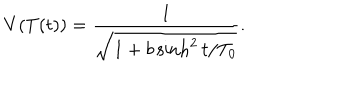
LaTeX: V ( T ( t ) ) = \frac { 1 } { \sqrt { 1 + b \sinh ^ { 2 } t / T _ { 0 } } } .